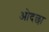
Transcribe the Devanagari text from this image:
ओदछा